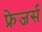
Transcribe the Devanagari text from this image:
फ्रेजर्स